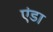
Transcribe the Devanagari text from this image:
एंडा